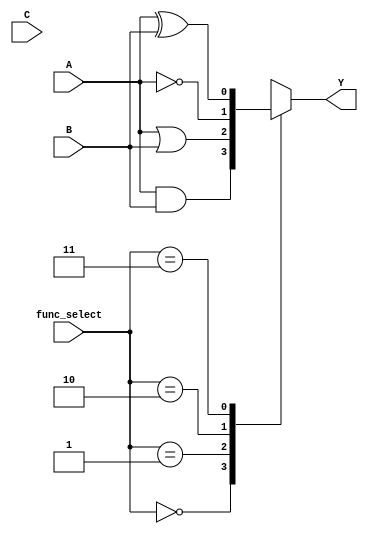
module combinational_logic_block (
    input wire A,        // Input A
    input wire B,        // Input B
    input wire C,        // Input C (optional for more complex functions)
    input wire [1:0] func_select, // Function select input to choose the logic operation
    output reg Y         // Output Y
);

// Function select encoding
// 00: AND
// 01: OR
// 10: NOT (only A)
// 11: XOR

always @(*) begin
    case (func_select)
        2'b00: Y = A & B;          // AND operation
        2'b01: Y = A | B;          // OR operation
        2'b10: Y = ~A;             // NOT operation (only A)
        2'b11: Y = A ^ B;          // XOR operation
        default: Y = 1'b0;         // Default case (safety)
    endcase
end

endmodule